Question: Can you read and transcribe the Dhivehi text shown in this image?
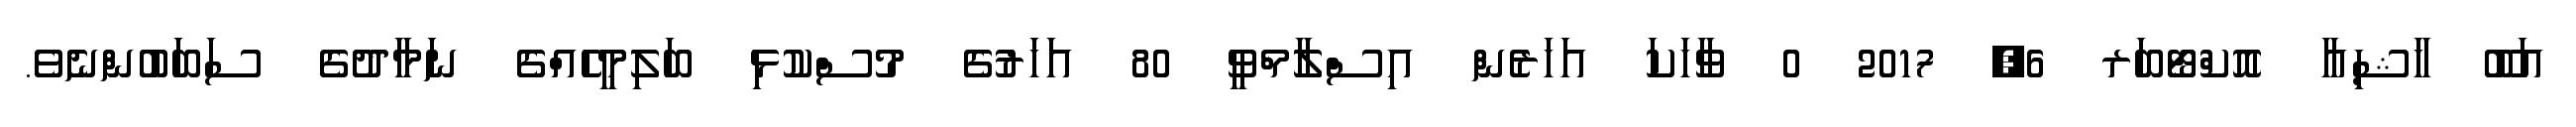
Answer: އަބޫ ޚާޝިޢާ އޮކްޓޯބަރ 6, 2017 0 ވާހަކަ އަހަރެން އިސްލާމްވީ 80 އަހަރުގެ މުސްކުޅި ބަލިމީހެއްގެ ނަމާދުގެ ސަބަބުންނެވެ.